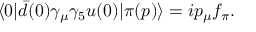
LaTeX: \langle 0 | \bar { d } ( 0 ) \gamma _ { \mu } \gamma _ { 5 } u ( 0 ) | \pi ( p ) \rangle = i p _ { \mu } f _ { \pi } .